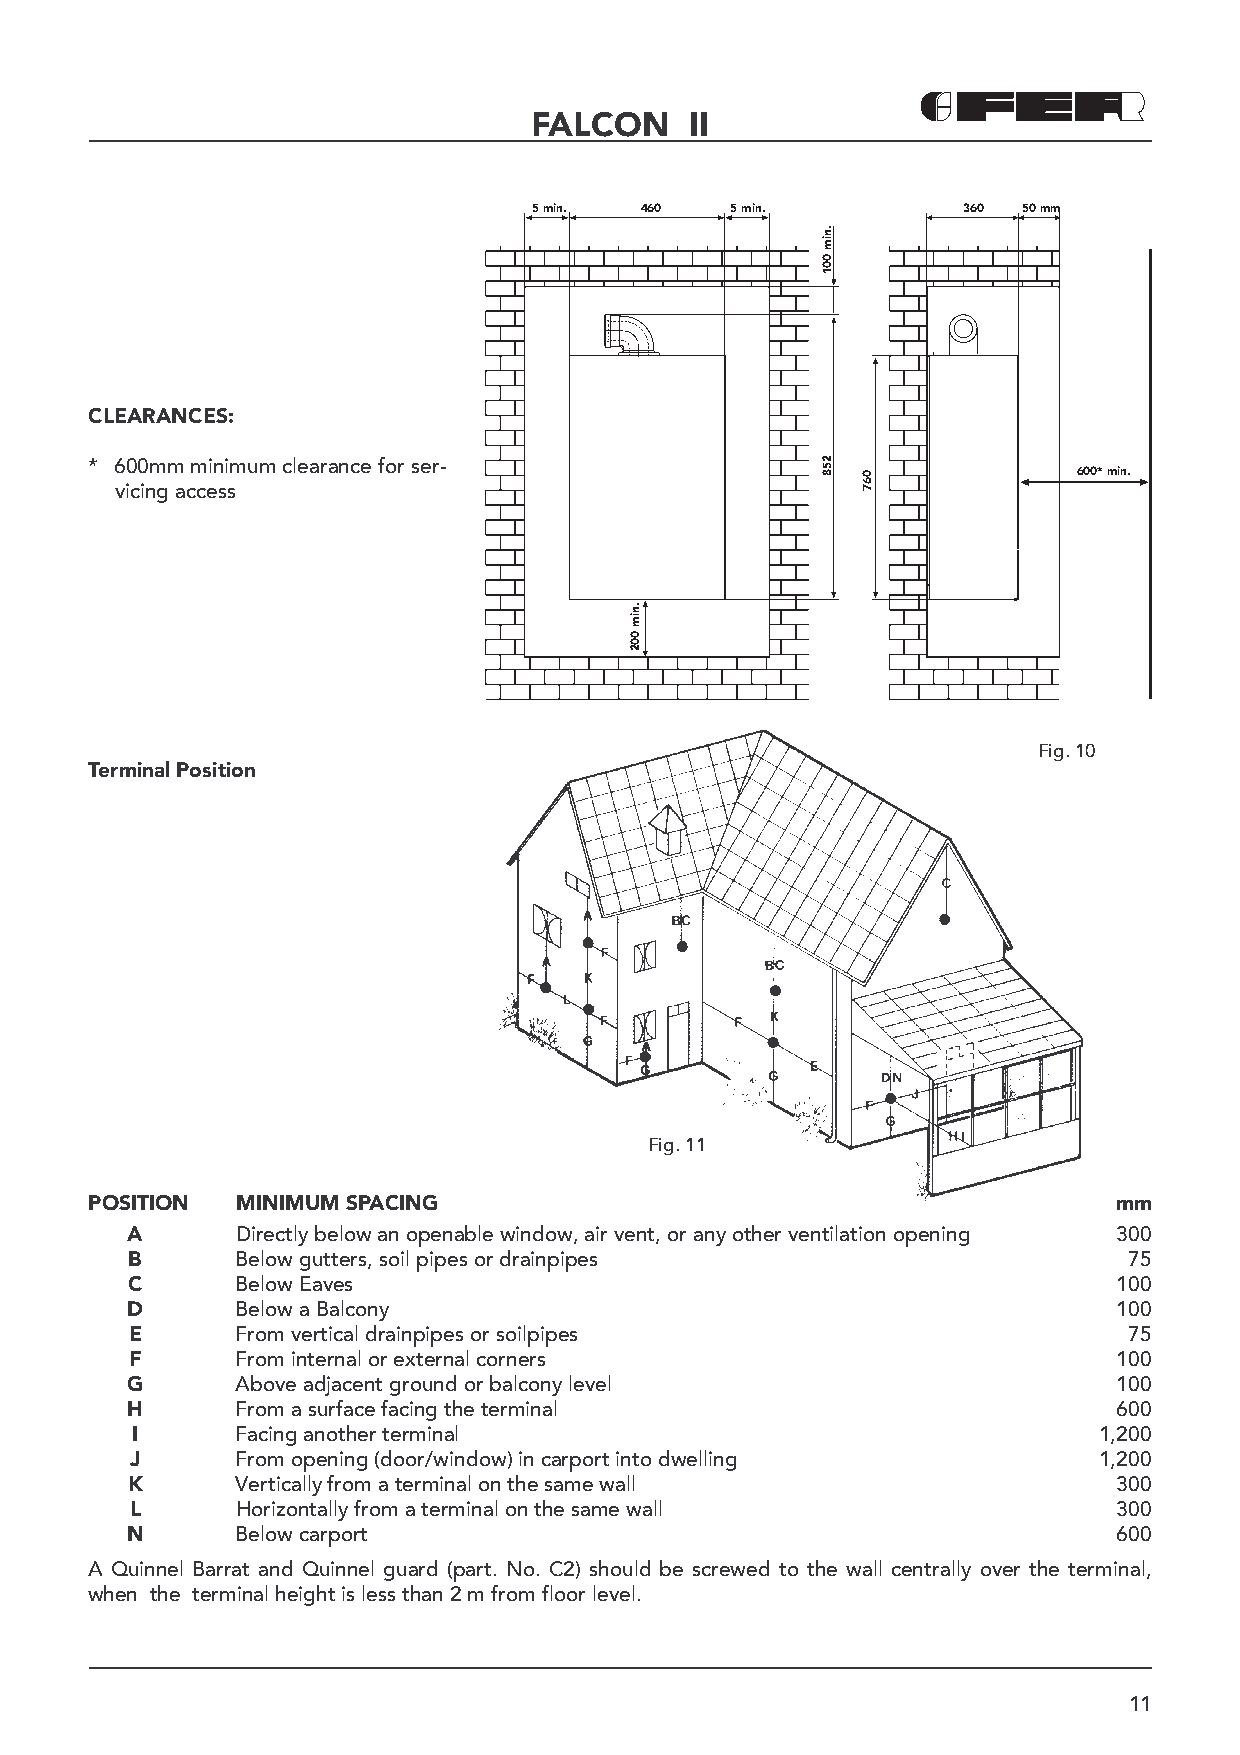
FALCON     II
 5 min. 460   5 min.          360 50 mm
 CLEARANCES:
 * 600mm minimum clearance for ser-
 600* min.
 vicing access
 Fig. 10
 Terminal Position
 Fig. 11
 POSITION  MINIMUM SPACING                                           mm
 A       Directly below an openable window, air vent, or any other ventilation opening 300
 B       Below gutters, soil pipes or drainpipes                    75
 C       Below Eaves                                               100
 D       Below a Balcony                                           100
 E      From vertical drainpipes or soilpipes                      75
 F      From internal or external corners                         100
 G       Above adjacent ground or balcony level                    100
 H       From a surface facing the terminal                        600
 I      Facing another terminal                                  1,200
 J      From opening (door/window) in carport into dwelling      1,200
 K       Vertically from a terminal on the same wall               300
 L      Horizontally from a terminal on the same wall             300
 N       Below carport                                             600
 A Quinnel Barrat and Quinnel guard (part. No. C2) should be screwed to the wall centrally over the terminal,
 when the terminal height is less than 2 m from floor level.
 11
 .nim
 002
 .nim
 001
 258
 067